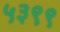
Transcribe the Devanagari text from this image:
५३९९